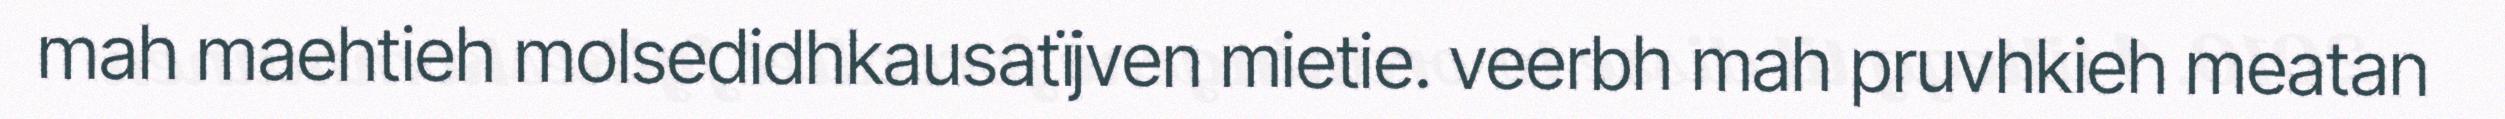
mah maehtieh molsedidhkausatïjven mietie. veerbh mah pruvhkieh meatan